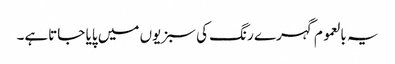
یہ بالعموم گہرے رنگ کی سبزیوں میں پایا جاتاہے۔